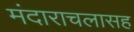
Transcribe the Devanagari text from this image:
मंदाराचलासह